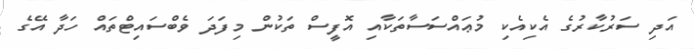
އަދި ސަރުކާރުގެ އެކިއެކި މުޢައްސަސާތަކާއި އޮފީސް ތަކުން މިފަދަ ވެބްސައިޓްތައް ހަދާ އޭގެ